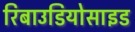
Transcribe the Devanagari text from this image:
रिबाउडियोसाइड